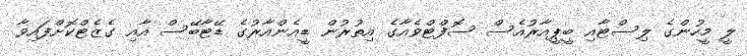
ލީ މީހުންގެ ލިސްޓާއި ބީޕީއާރުއެސް ސޮފްޓްވެއާގެ އިތުރުން ޑީއެންއާރުގެ ޑޭޓާބޭސް އާއި ގެޒެޓްކޮށްފައިވާ